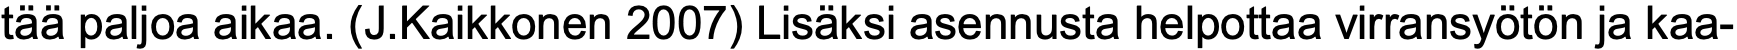
tää paljoa aikaa. (J.Kaikkonen 2007) Lisäksi asennusta helpottaa virransyötön ja kaa-